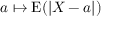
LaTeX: a \mapsto \operatorname { E } ( | X - a | )